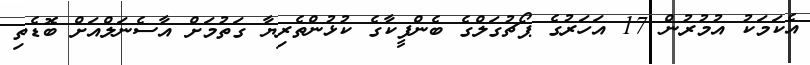
އެކަމަކު އުމުރުން 17 އަހަރުގެ ޕޯޗުގަލްގެ ބެންފީކާގެ ކުޅުންތެރިޔާ ގަތުމަށް އާސެނަލްއަށް ބޮޑެތި